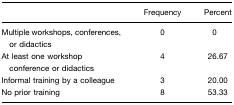
<table><thead><tr><td></td><td><b>Frequency</b></td><td><b>Percent</b></td></tr></thead><tbody><tr><td>Multiple workshops, conferences, or didactics</td><td>0</td><td>0</td></tr><tr><td>At least one workshop conference or didactics</td><td>4</td><td>26.67</td></tr><tr><td>Informal training by a colleague</td><td>3</td><td>20.00</td></tr><tr><td>No prior training</td><td>8</td><td>53.33</td></tr></tbody></table>